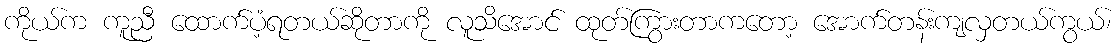
ကိုယ်က ကူညီ ထောက်ပံ့ရတယ်ဆိုတာကို လူသိအောင် ထုတ်ကြွားတာကတော့ အောက်တန်းကျလှတယ်ကွယ်၊